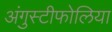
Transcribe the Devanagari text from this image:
अंगुस्टीफोलिया